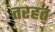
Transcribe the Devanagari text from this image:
तरहत